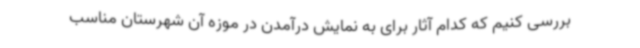
بررسی کنیم که کدام آثار برای به نمایش درآمدن در موزه آن شهرستان مناسب